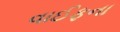
વાઈફના